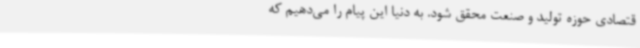
قتصادی حوزه تولید و صنعت محقق شود. به دنیا این پیام را می‌دهیم که